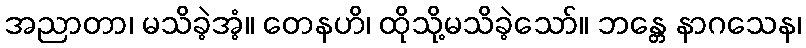
အညာတာ၊ မသိခဲ့အံ့။ တေနဟိ၊ ထိုသို့မသိခဲ့သော်။ ဘန္တေ နာဂသေန၊